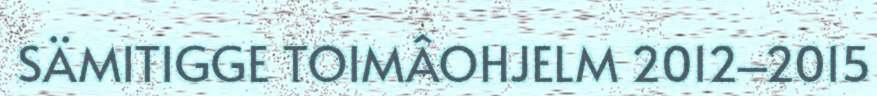
SÄMITIGGE TOIMÂOHJELM 2012–2015